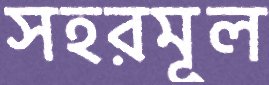
সহরমূল